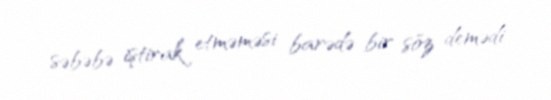
səbəbə iştirak etməməsi barədə bir söz demədi.